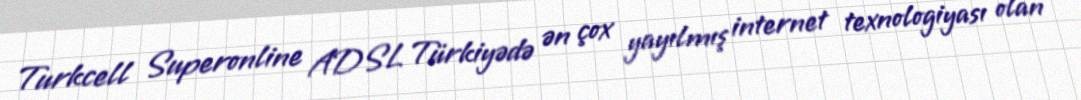
Turkcell Superonline ADSL Türkiyədə ən çox yayılmış internet texnologiyası olan